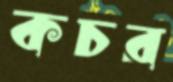
কচর